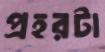
প্রহরটা